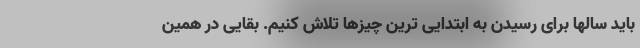
باید سالها برای رسیدن به ابتدایی ترین چیزها تلاش کنیم. بقایی در همین